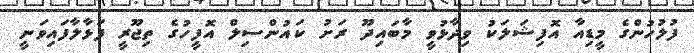
ފުލުހުންގެ މީޑިއާ އޮފިޝަލަކު ވިދާޅުވީ މާބައިދޫ ރަށު ކައުންސިލް އޮފީހުގެ ތިޖޫރީ ފަޅާލާފައިވަނީ